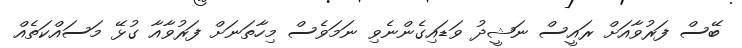
ބޭސް ފަރުވާއަށް ރައީސް ނަޝީދު ވަޑައިގެންނެވި ނަމަވެސް މިހާތަނަށް ފަރުވާއާ ގުޅޭ މަސައްކަތެއް